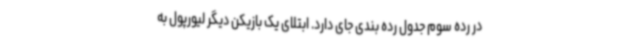
در رده سوم جدول رده بندی جای دارد. ابتلای یک بازیکن دیگر لیورپول به